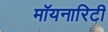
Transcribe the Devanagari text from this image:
मॉयनारिटी